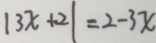
\vert 3 x + 2 \vert = 2 - 3 x